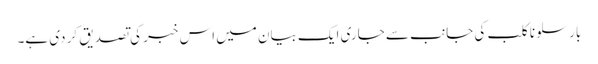
بارسلونا کلب کی جانب سے جاری ایک بیان میں اس خبر کی تصدیق کر دی ہے۔